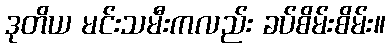
ဒုတိယ မင်းသမီးကလည်း ခပ်စိမ်းစိမ်း။